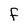
Character: f